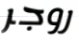
روجر